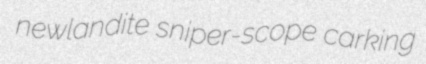
newlandite sniper-scope carking